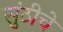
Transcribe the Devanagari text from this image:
सुंठीचे